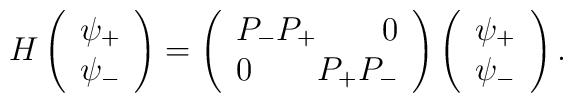
H\left( \begin{array}{c}\psi _{+} \\ \psi _{-} \end{array}\right) =\left( \begin{array}{c}P_{-}P_{+}\qquad 0 \\ 0\qquad P_{+}P_{-} \end{array}\right) \left( \begin{array}{c}\psi _{+} \\ \psi _{-} \end{array}\right) .